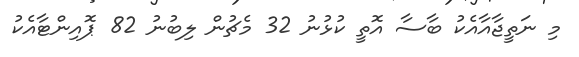
މި ނަތީޖާއާއެކު ބާސާ އޮތީ ކުޅުނު 32 މެޗުން ލިބުނު 82 ޕޮއިންޓާއެކު